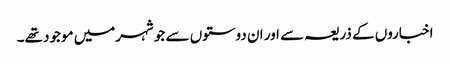
اخباروں کے ذریعہ سے اور ان دوستوں سے جو شہرمیں موجود تھے۔